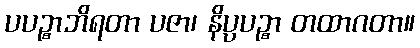
ပပဉ္စာဘိရတာ ပဇာ၊ နိပ္ပပဉ္စာ တထာဂတာ။